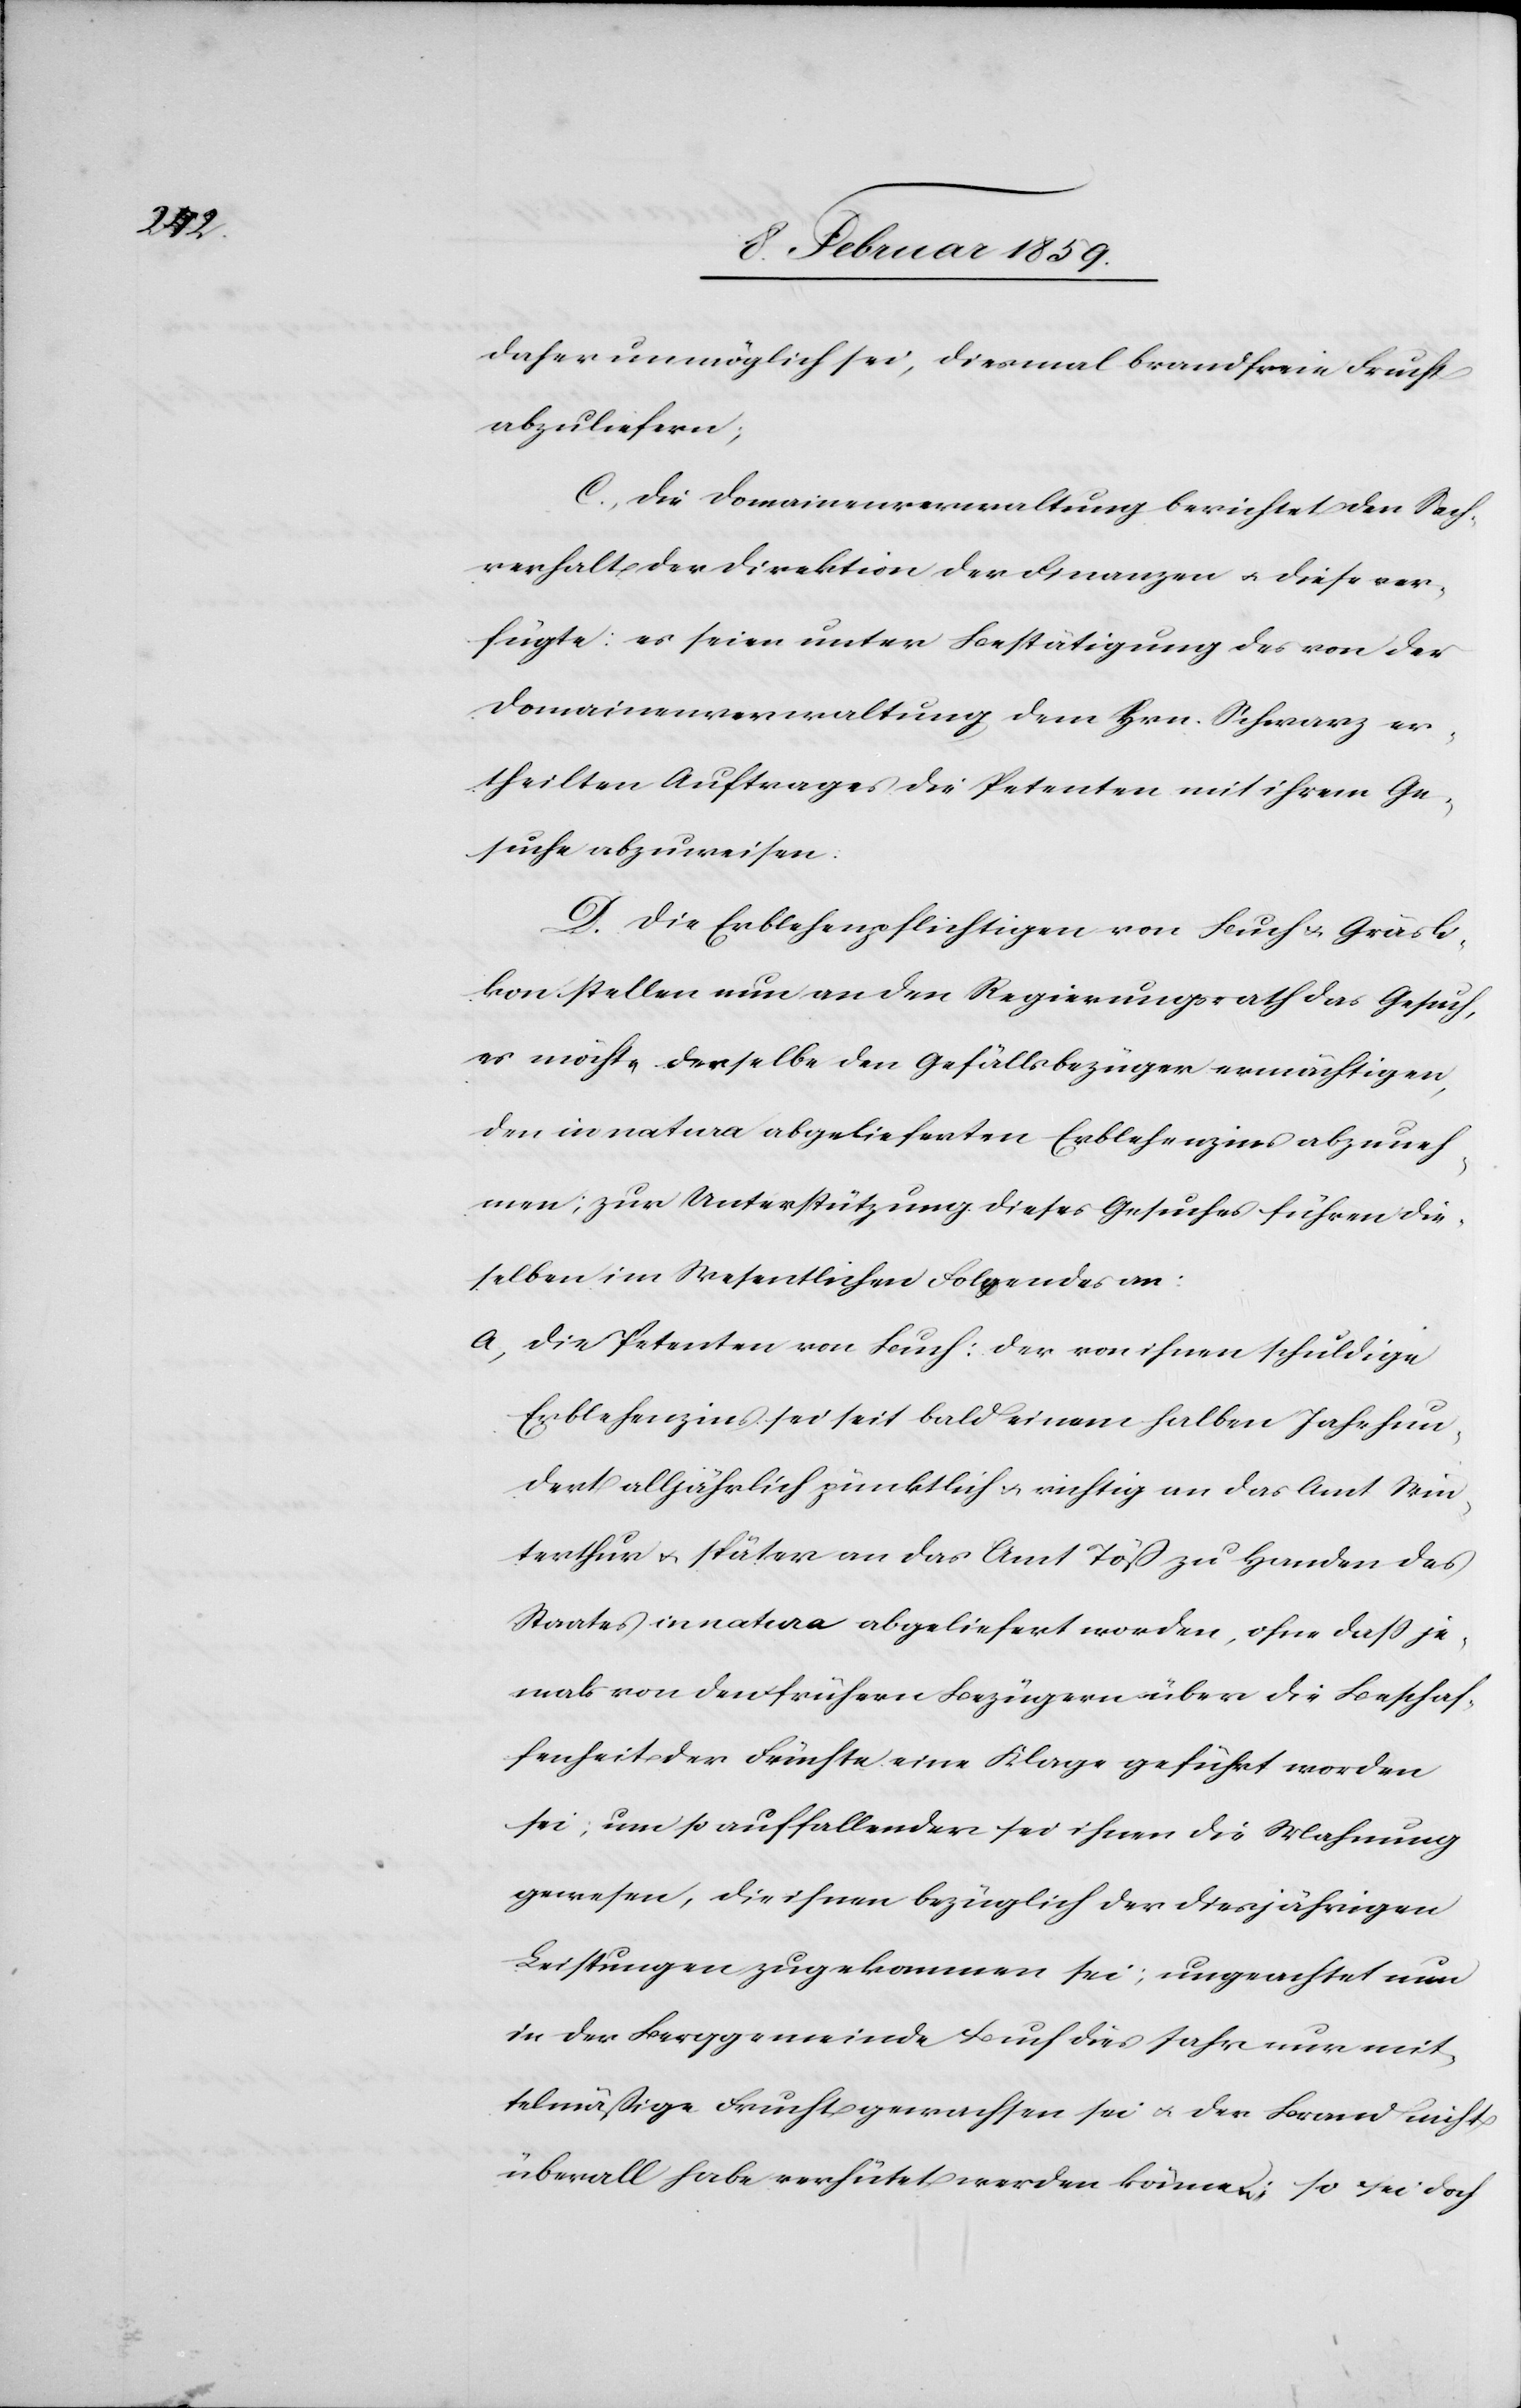
terthur

daher unmöglich sei, diesmal brandfreie Frucht
abzuliefern;
C. Die Domainenverwaltung berichtet den Sach¬
verhalt der Direktion der Finanzen u. diese ver¬
fügte: es seien unter Bestätigung des von der
Domainenverwaltung dem Hrn. Schwarz er¬
theilten Auftrages die Petenten mit ihrem Ge¬
suche abzuweisen.
D. Die Erblehenpflichtigen von Buch u. Gräsli¬
kon stellen nun an den Regierungsrath das Gesuch,
es möchte derselbe den Gefällsbezüger ermächtigen,
den in natura abgelieferten Erblehenzins abzuneh¬
men; zur Unterstützung dieses Gesuches führen die¬
selben im Wesentlichen Folgendes an:
a, Die Petenten von Buch: der von ihnen schuldige
Erblehenzins sei seit bald einem halben Jahrhun¬
dert alljährlich pünktlich u. richtig an das Amt Win¬
jemals von den frühern Bezügern über die Beschaf¬
fenheit der Früchte eine Klage geführt worden
sei; um so auffallender sei ihnen die Mahnung
gewesen, die ihnen bezüglich der diesjährigen
Leistungen zugekommen sei; ungeachtet nun
in der Berggemeinde Buch dies Jahr nur mit¬
telmäßige Frucht gewachsen sei u. der Brand nicht
überall habe verhütet werden können; so sei doch